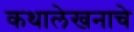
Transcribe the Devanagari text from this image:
कथालेखनाचे